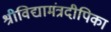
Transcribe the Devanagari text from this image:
श्रीविद्यामंत्रदीपिका